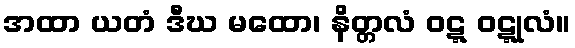
အထာ ယတံ ဒီဃ မထော၊ နိတ္တလံ ဝဋ္ဋ ဝဋ္ဋုလံ။